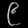
Digit: ၉